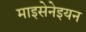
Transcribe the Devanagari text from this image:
माइसेनेइयन